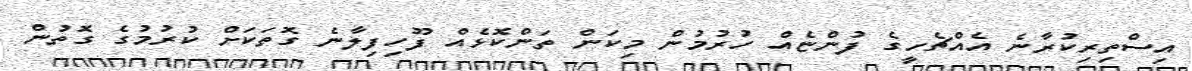
އިސްތިރިކުރާނެ އެއްޗެހީގެ ފުންޏެއް ހުރުމުން މިކަން ތަންކޮޅެއް ފޫހިފިލާނެ ގޮތަކަށް ކުރުމުގެ ގޮތުން